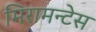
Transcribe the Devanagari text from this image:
मिरामन्टेस